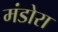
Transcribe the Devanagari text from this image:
मंडोरा